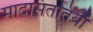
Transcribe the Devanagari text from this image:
मादासंततियाँ